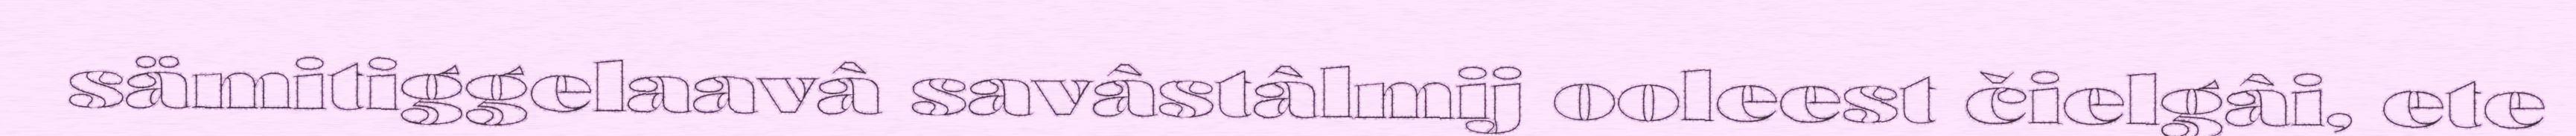
sämitiggelaavâ savâstâlmij ooleest čielgâi, ete